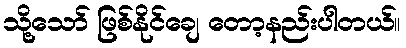
သို့သော် ဖြစ်နိုင်ချေ တော့နည်းပါတယ်။